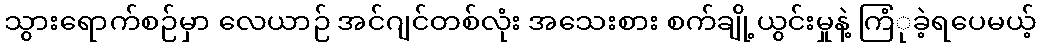
သွားရောက်စဉ်မှာ လေယာဉ် အင်ဂျင်တစ်လုံး အသေးစား စက်ချို့ယွင်းမှုနဲ့ ကြံုခဲ့ရပေမယ့်